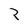
Character: Z